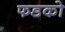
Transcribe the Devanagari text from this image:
फडको